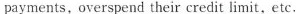
payments, overspend their credit limit, etc.